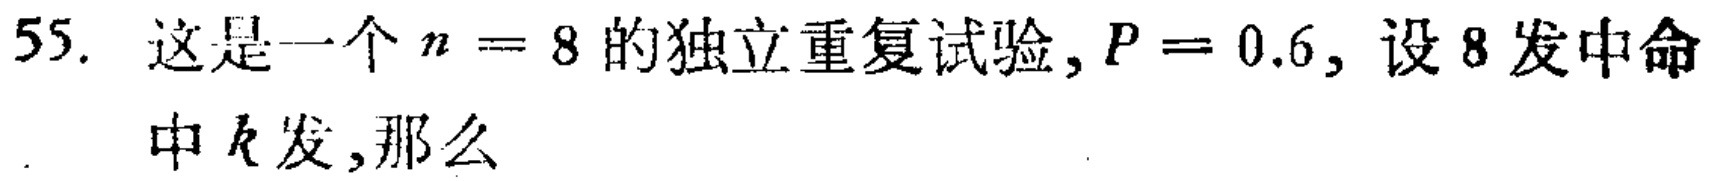
55. 这是一个 \(n = 8\) 的独立重复试验, \(P = 0.6\), 设 8 发中命中 \(k\) 发,那么